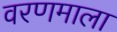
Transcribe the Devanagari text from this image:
वरणमाला